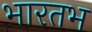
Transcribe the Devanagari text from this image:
भारतभ